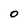
Character: 0